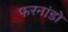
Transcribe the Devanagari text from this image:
फरनांडो